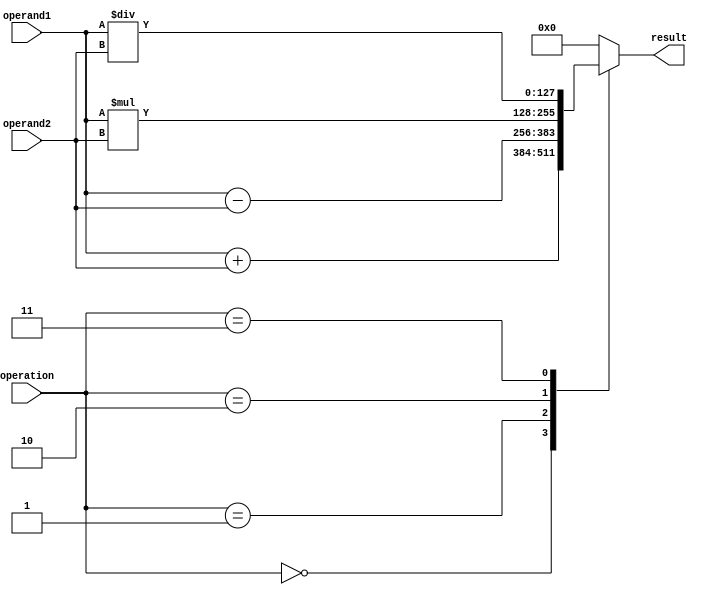
module QuadPrecFloatingPointUnit (
    input [127:0] operand1,
    input [127:0] operand2,
    input [2:0] operation,
    output reg [127:0] result
);

// Arithmetic operation selection
parameter ADD = 3'b000, SUB = 3'b001, MUL = 3'b010, DIV = 3'b011;

always @(*) begin
    case(operation)
        ADD: result = operand1 + operand2;
        SUB: result = operand1 - operand2;
        MUL: result = operand1 * operand2;
        DIV: result = operand1 / operand2;
        default: result = 128'h0;
    endcase
end

endmodule